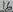
Text: 16